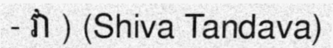
- វា ) (Shiva Tandava)